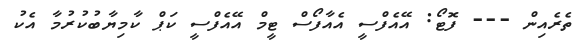
ތެރެއިން --- ފޮޓޯ: އޭއެފްސީ އެއާފޯސް ޓީމް އޭއެފްސީ ކަޕް ކާމިޔާބުކުރުމާ އެކު